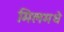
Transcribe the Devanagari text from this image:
मिलमधे